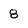
Character: 8